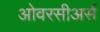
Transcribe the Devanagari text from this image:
ओवरसीअर्स